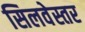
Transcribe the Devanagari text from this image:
सिलवेस्तर